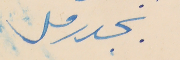
بجدرفل